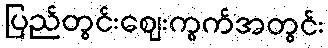
ပြည်တွင်းဈေးကွက်အတွင်း